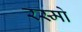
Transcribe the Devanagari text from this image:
रस्मो